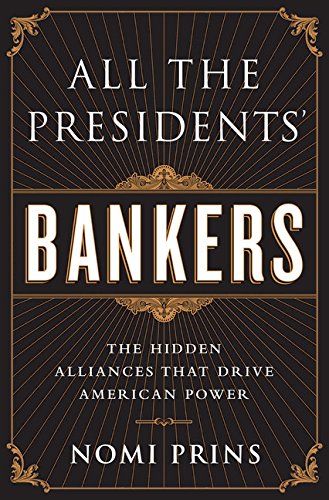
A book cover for All the Presidents' Bankers: The Hidden Alliances that Drive American Power; Nomi Prins; Business & Money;